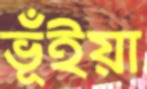
ভূঁইয়া